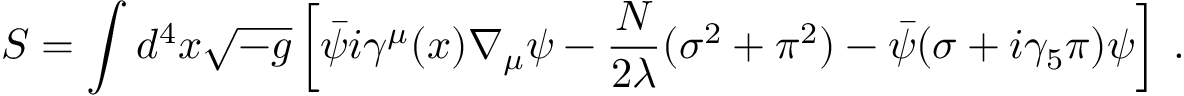
S = \int d ^ { 4 } x \sqrt { - g } \left[ \bar { \psi } i \gamma ^ { \mu } ( x ) \nabla _ { \mu } \psi - \frac { N } { 2 \lambda } ( \sigma ^ { 2 } + \pi ^ { 2 } ) - \bar { \psi } ( \sigma + i \gamma _ { 5 } \pi ) \psi \right] \: .